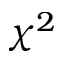
\chi ^ { 2 }